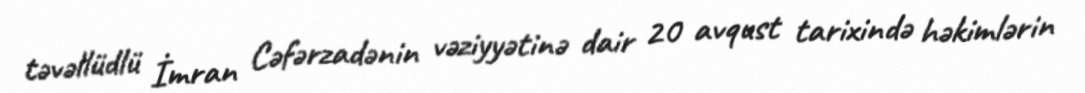
təvəllüdlü İmran Cəfərzadənin vəziyyətinə dair 20 avqust tarixində həkimlərin